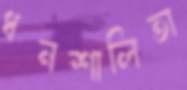
ধনশালিতা